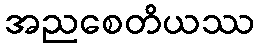
အညစေတိယဿ